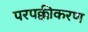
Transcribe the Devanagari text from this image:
परपक्कीकरण